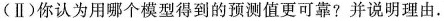
(Ⅱ)你认为用哪个模型得到的预测值更可靠?并说明理由。